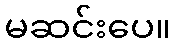
မဆင်းပေ။